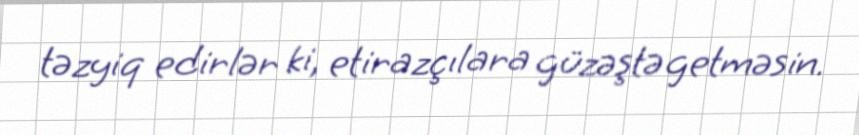
təzyiq edirlər ki, etirazçılara güzəştə getməsin.